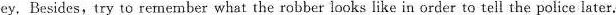
ey, Besides, try to re nember what the robber looks like in order to tell the police later.